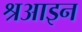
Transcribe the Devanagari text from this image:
श्रआइन